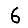
Digit: 6